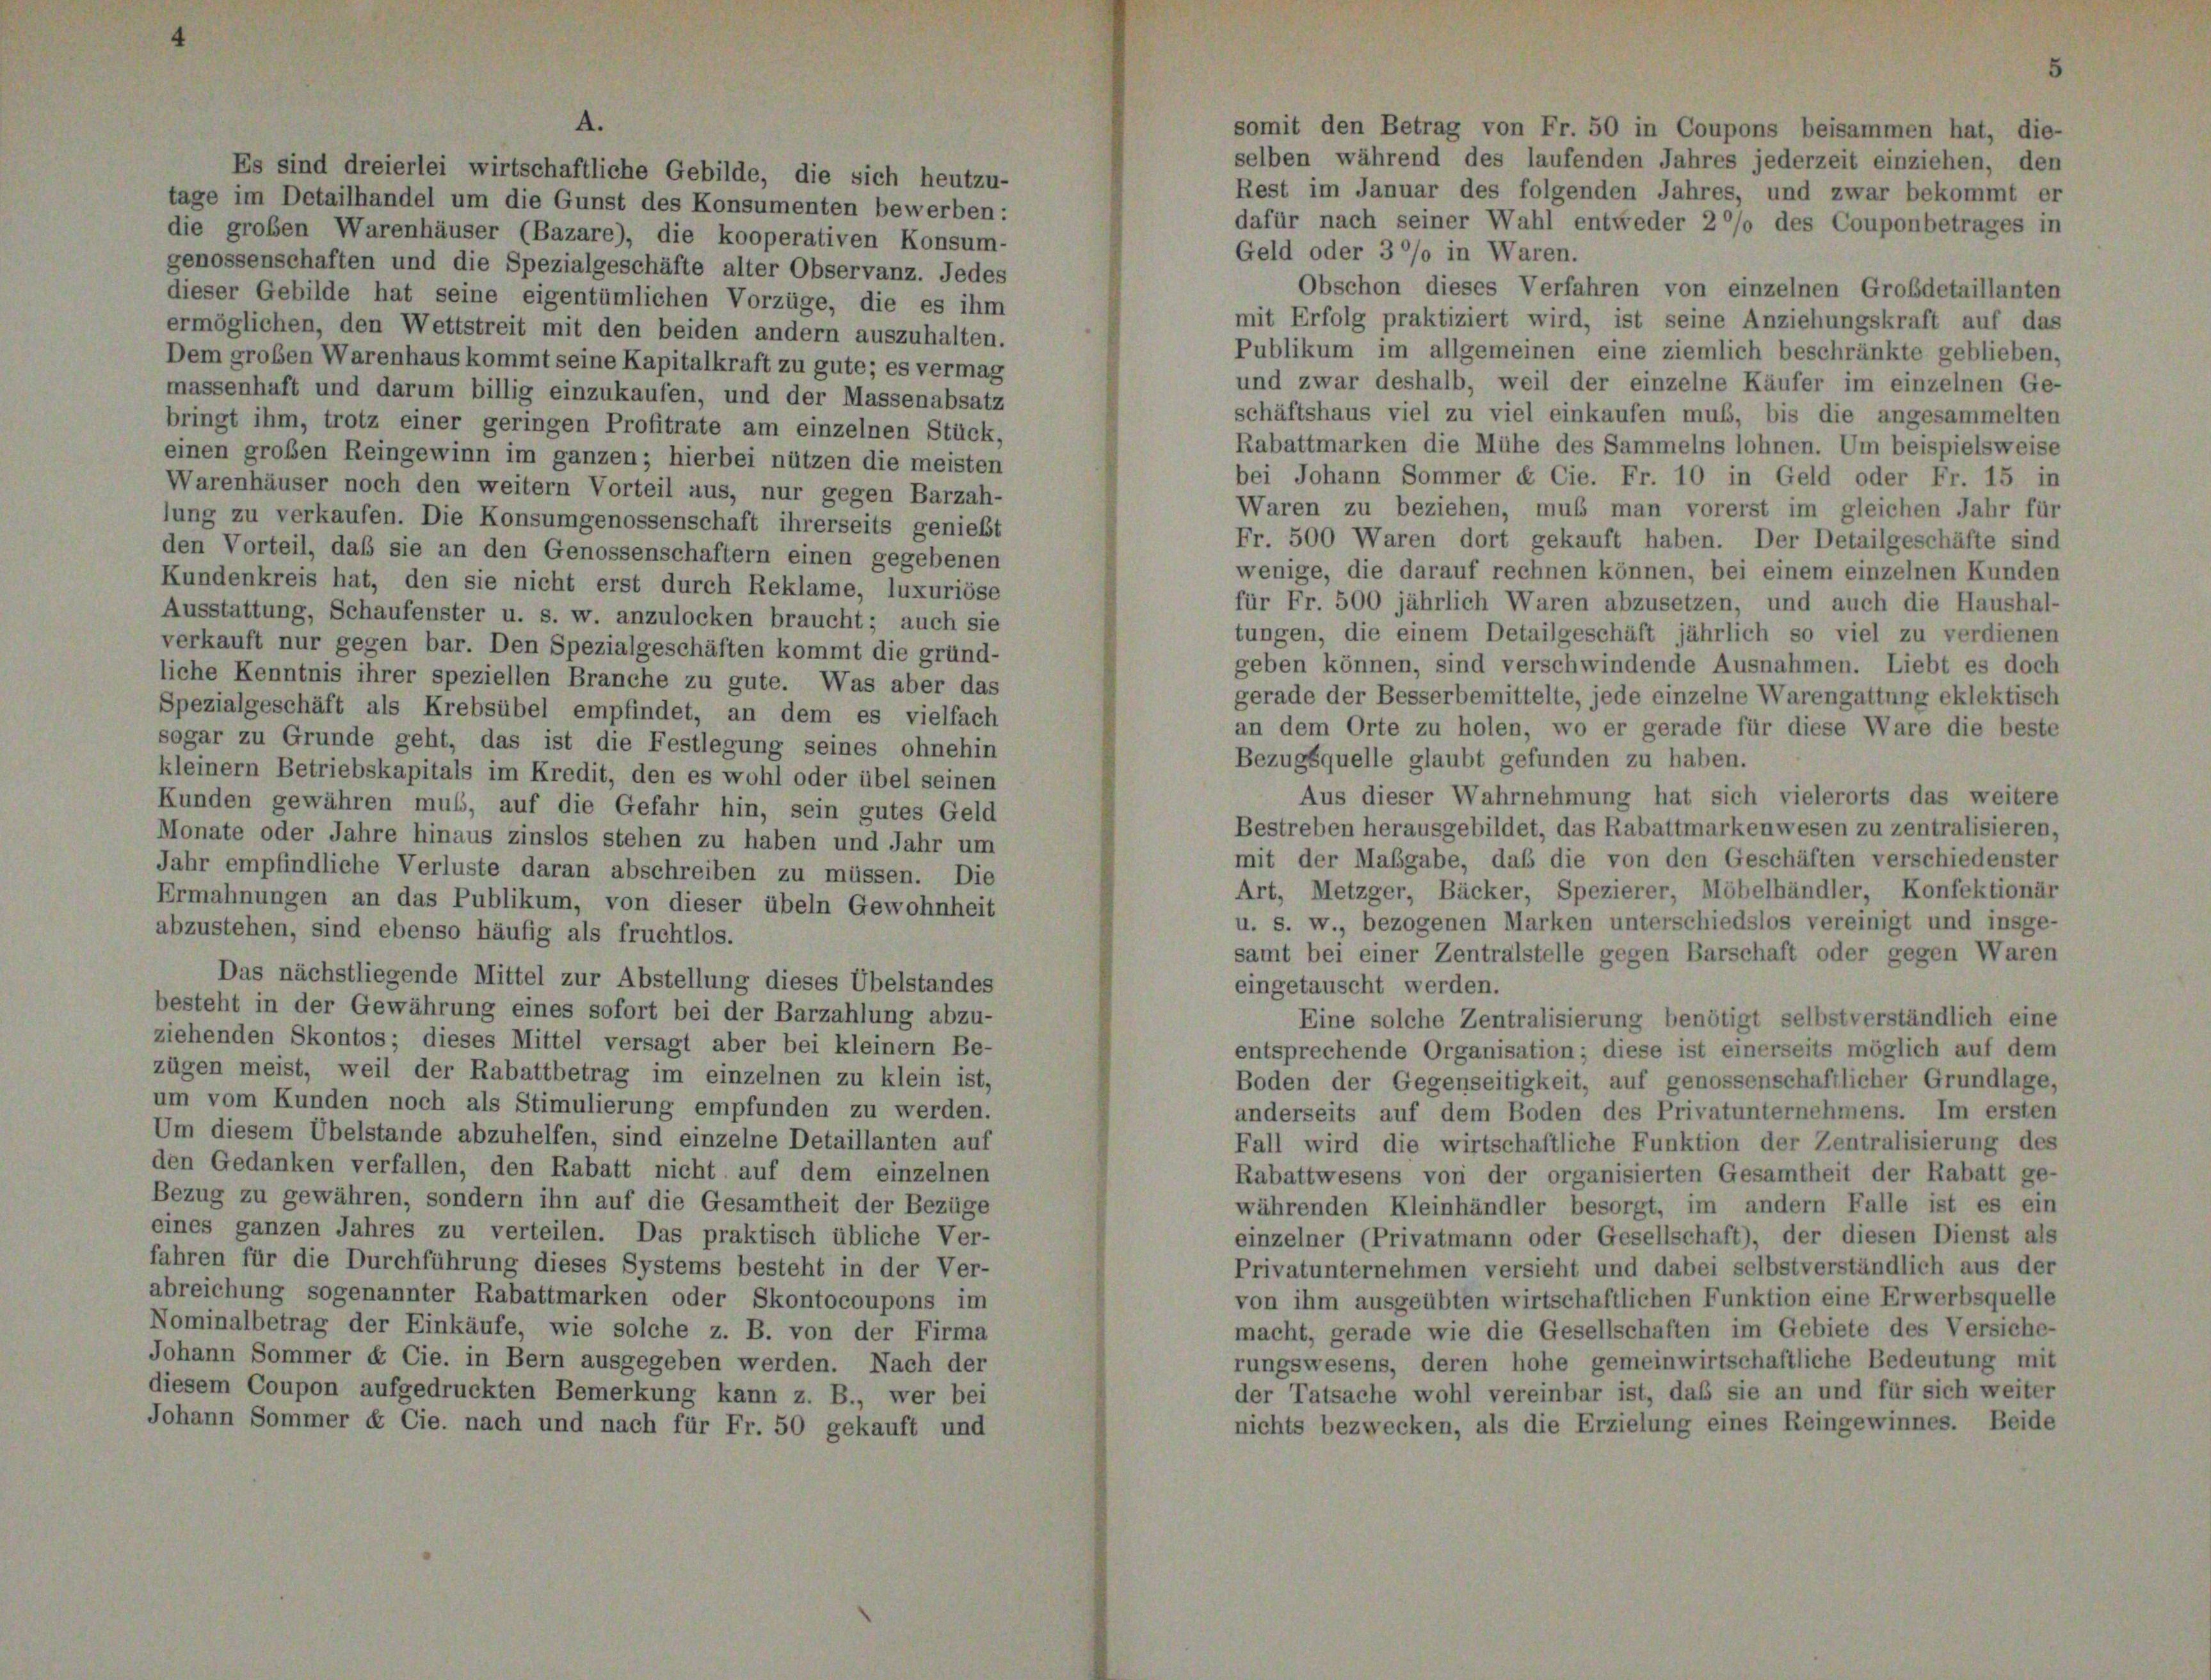
tage im Detailhandel um die Gunst des Konsumenten bewerben:
die groben Warenhäuser (Bazare), die kooperativen Konsum-
genossenschaften und die Spezialgeschäfte alter Observanz. Jedes
dieser Gebilde hat seine eigentümlichen Vorzüge, die es ihm
ermöglichen, den Wettstreit mit den beiden andern auszuhalten.
Dem großen Warenhaus kommt seine Kapitalkraft zu gute; es vermag
massenhaft und darum billig einzukaufen, und der Massenabsatz
bringt ihm, trotz einer geringen Profitrate am einzelnen Stück,
einen großen Reingewinn im ganzen; hierbei nützen die meisten
Warenhäuser noch den weitern Vorteil aus, nur gegen Barzah-
lung zu verkaufen. Die Konsumgenossenschaft ihrerseits genießt
den Vorteil, daß sie an den Genossenschaftern einen gegebenen
Kundenkreis hat, den sie nicht erst durch Reklame, luxuriöse
Ausstattung, Schaufenster u. s. w. anzulocken braucht; auch sie
verkauft nur gegen bar. Den Spezialgeschäften kommt die gründ-
liche Kenntnis ihrer speziellen Branche zu gute. Was aber das
Spezialgeschäft als Krebsübel empfindet, an dem es vielfach
sogar zu Grunde geht, das ist die Festlegung seines ohnehin
kleinem Betriebskapitals im Kredit, den es wohl oder übel seinen
Kunden gewähren muß, auf die Gefahr hin, sein gutes Geld
Monate oder Jahre hinaus zinslos stehen zu haben und Jahr um
Jahr empfindliche Verluste daran abschreiben zu müssen. Die
Ermahnungen an das Publikum, von dieser übeln Gewohnheit
abzustehen, sind ebenso häufig als fruchtlos.
Das nächstliegende Mittel zur Abstellung dieses Übelstandes
besteht in der Gewährung eines sofort bei der Barzahlung abzu-
ziehenden Skontos; dieses Mittel versagt aber bei kleinem Be-
zügen meist, weil der Rabattbetrag im einzelnen zu klein ist,
um vom Kunden noch als Stimulierung empfunden zu werden.
Um diesem Übelstande abzuhelfen, sind einzelne Detaillanten auf
den Gedanken verfallen, den Rabatt nicht auf dem einzelnen
Bezug zu gewähren, sondern ihn auf die Gesamtheit der Bezüge
eines ganzen Jahres zu verteilen. Das praktisch übliche Ver-
fahren für die Durchführung dieses Systems besteht in der Ver-
abreichung sogenannter Rabattmarken oder Skontocoupons im
Nominalbetrag der Einkäufe, wie solche z. B. von der Firma
Johann Sommer & Cie. in Bern ausgegeben werden. Nach der
diesem Coupon aufgedruckten Bemerkung kann z. B., wer bei
Johann Sommer & Cie. nach und nach für Fr. 50 gekauft und

somit den Betrag von Fr. 50 in Coupons beisammen hat, die-
selben während des laufenden Jahres jederzeit einziehen, den
Rest im Januar des folgenden Jahres, und zwar bekommt er
dafür nach seiner Wahl entweder 20% des Couponbetrages in
Geld oder 30% in Waren.
Obschon dieses Verfahren von einzelnen Großdetaillanten
mit Erfolg praktiziert wird, ist seine Anziehungskraft auf das
Publikum im allgemeinen eine ziemlich beschränkte geblieben,
und zwar deshalb, weil der einzelne Käufer im einzelnen Ge-
schäftshaus viel zu viel einkaufen muß, bis die angesammelten
Rabattmarken die Mühe des Sammelns lohnen. Um beispielsweise
bei Johann Sommer & Cie. Fr. 10 in Geld oder Fr. 15 in
Waren zu beziehen, muß man vorerst im gleichen Jahr für
Fr. 500 Waren dort gekauft haben. Der Detailgeschäfte sind
wenige, die darauf rechnen können, bei einem einzelnen Kunden
für Fr. 500 jährlich Waren abzusetzen, und auch die Haushal-
tungen, die einem Detailgeschäft jährlich so viel zu verdienen
geben können, sind verschwindende Ausnahmen. Liebt es doch
gerade der Besserbemittelte, jede einzelne Warengattung eklektisch
an dem Orte zu holen, wo er gerade für diese Ware die beste
Bezugsquelle glaubt gefunden zu haben.
Aus dieser Wahrnehmung hat sich vielerorts das weitere
Bestreben herausgebildet, das Rabattmarkenwesen zu zentralisieren,
mit der Maßgabe, daß die von den Geschäften verschiedenster
Art, Metzger, Bäcker, Spezierer, Möbelhändler, Konfektionär
u. s. w., bezogenen Marken unterschiedslos vereinigt und insge-
samt bei einer Zentralstelle gegen Barschaft oder gegen Waren
eingetauscht werden.
Eine solche Zentralisierung benötigt selbstverständlich eine
entsprechende Organisation; diese ist einerseits möglich auf dem
Boden der Gegenseitigkeit, auf genossenschaftlicher Grundlage,
anderseits auf dem Boden des Privatunternehmens. Im ersten
Fall wird die wirtschaftliche Funktion der Zentralisierung des
Rabattwesens von der organisierten Gesamtheit der Rabatt ge-
währenden Kleinhändler besorgt, im andern Falle ist es ein
einzelner (Privatmann oder Gesellschaft), der diesen Dienst als
Privatunternehmen versieht und dabei selbstverständlich aus der
von ihm ausgeübten wirtschaftlichen Funktion eine Erwerbsquelle
macht, gerade wie die Gesellschaften im Gebiete des Versiche-
rungswesens, deren hohe gemeinwirtschaftliche Bedeutung mit
der Tatsache wohl vereinbar ist, daß sie an und für sich weiter
nichts bezwecken, als die Erzielung eines Reingewinnes. Beide